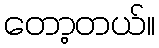
တော့တယ်။